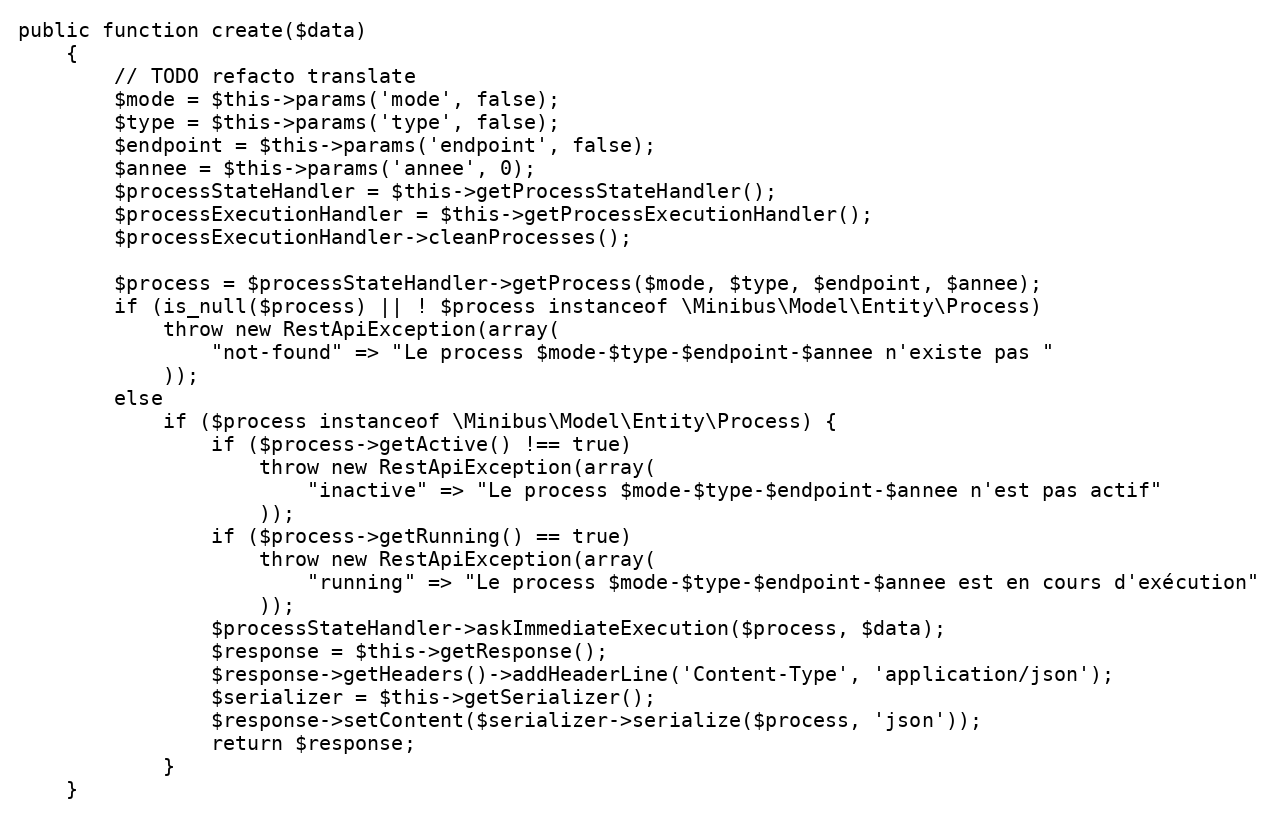
Language: PHP
public function create($data)
    {
        // TODO refacto translate
        $mode = $this->params('mode', false);
        $type = $this->params('type', false);
        $endpoint = $this->params('endpoint', false);
        $annee = $this->params('annee', 0);
        $processStateHandler = $this->getProcessStateHandler();
        $processExecutionHandler = $this->getProcessExecutionHandler();
        $processExecutionHandler->cleanProcesses();

        $process = $processStateHandler->getProcess($mode, $type, $endpoint, $annee);
        if (is_null($process) || ! $process instanceof \Minibus\Model\Entity\Process)
            throw new RestApiException(array(
                "not-found" => "Le process $mode-$type-$endpoint-$annee n'existe pas "
            ));
        else
            if ($process instanceof \Minibus\Model\Entity\Process) {
                if ($process->getActive() !== true)
                    throw new RestApiException(array(
                        "inactive" => "Le process $mode-$type-$endpoint-$annee n'est pas actif"
                    ));
                if ($process->getRunning() == true)
                    throw new RestApiException(array(
                        "running" => "Le process $mode-$type-$endpoint-$annee est en cours d'exécution"
                    ));
                $processStateHandler->askImmediateExecution($process, $data);
                $response = $this->getResponse();
                $response->getHeaders()->addHeaderLine('Content-Type', 'application/json');
                $serializer = $this->getSerializer();
                $response->setContent($serializer->serialize($process, 'json'));
                return $response;
            }
    }